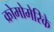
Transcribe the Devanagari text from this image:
क्रोमोमेरिके